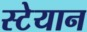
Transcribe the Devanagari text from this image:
स्टेयान